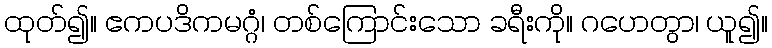
ထုတ်၍။ ဧကပဒိကမဂ္ဂံ၊ တစ်ကြောင်းသော ခရီးကို။ ဂဟေတွာ၊ ယူ၍။